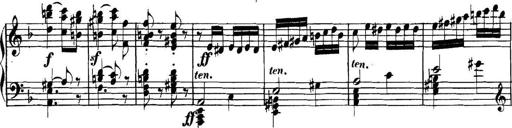
Title: Collected Piano Sonatas
Composer: Muzio Clementi